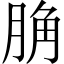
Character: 𦛲